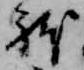
躰